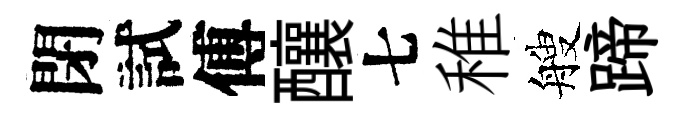
閉試傅釀七稚艘蹄